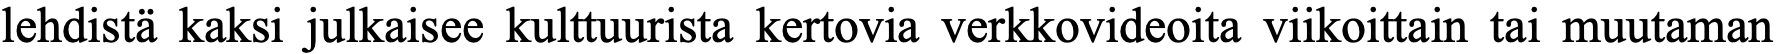
lehdistä kaksi julkaisee kulttuurista kertovia verkkovideoita viikoittain tai muutaman